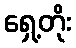
ရှေ့တိုး